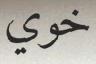
خوي